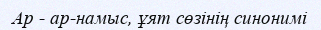
Ар - ар-намыс, ұят сөзінің синонимі